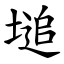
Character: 塠